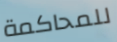
للمحاكمة